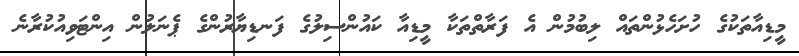
މީޑިއާތަކުގެ ހުށަހެޅުންތައް ލިބުމުން އެ ފަރާތްތަކާ މީޑިއާ ކައުންސިލުގެ ފަނޑިޔާރުންގެ ޕެނަލުން އިންޓަވިއުކުރާނެ